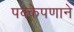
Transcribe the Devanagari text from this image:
पक्केपणाने